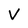
Character: V